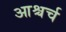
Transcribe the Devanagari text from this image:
आश्चर्च